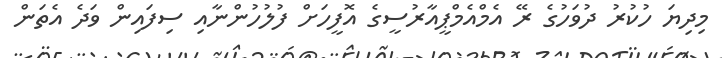
މިދިޔަ ހުކުރު ދުވަހުގެ ރޭ އެމްއެމްޕީއާރުސީގެ އޮފީހަށް ފުލުހުންނާއި ސިފައިން ވަދެ އެތަން